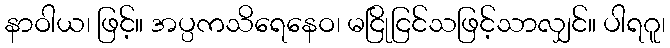
နာဝါယ၊ ဖြင့်။ အပ္ပကသိရေနေဝ၊ မငြိုငြင်သဖြင့်သာလျှင်။ ပါရဂူ၊